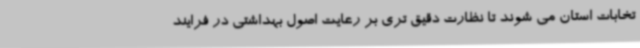
تخابات استان می شوند تا نظارت دقیق تری بر رعایت اصول بهداشتی در فرایند